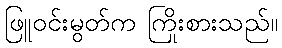
ဖြူဝင်းမွတ်က ကြိုးစားသည်။